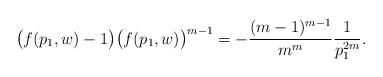
LaTeX: \begin{align*} \big( f(p_1,w) - 1 \big) \big( f(p_1,w) \big)^{m-1} = - \frac{(m-1)^{m-1}}{m^m} \frac{1}{p_1^{2m}}.\end{align*}